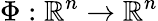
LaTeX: \Phi:\mathbb{R}^{n}\to\mathbb{R}^{n}